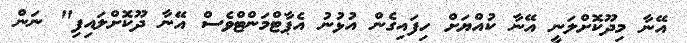
އޭނާ މިދޫކޮށްލަނީ އޭނާ ކުއްޔަށް ހިފައިގެން އުޅުނު އެޕާޓްމަންޓްވެސް އޭނާ ދޫކޮށްލައިފި" ނަން